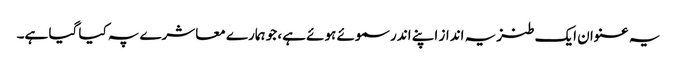
یہ عنوان ایک طنزیہ انداز اپنے اندر سموئے ہوئے ہے، جو ہمارے معاشرے پہ کیا گیا ہے۔